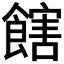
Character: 𩝛